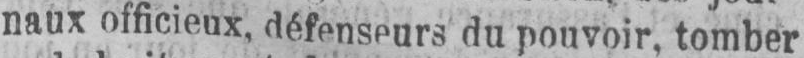
naux officieux, défenseurs du pouvoir, tomber